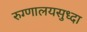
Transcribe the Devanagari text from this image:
रुग्णालयसुध्दा